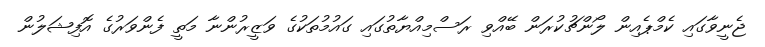
ޖެނީވާގައި ކެމްޕެއިން ލޯންޗުކުރަން ބޭއްވި ރަސްމިއްޔާތުގައި ގައުމުތަކުގެ ވަޒީރުންނާ މަތީ ފެންވަރުގެ އޮފިޝަލުން